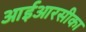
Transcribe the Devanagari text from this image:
आईआरसीका